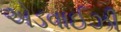
એડવાઈઝી